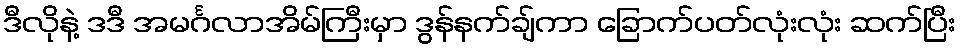
ဒီလိုနဲ့ ဒဒီ အမင်္ဂလာအိမ်ကြီးမှာ ဒွန်နက်ချ်ကာ ခြောက်ပတ်လုံးလုံး ဆက်ပြီး